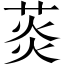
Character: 菼